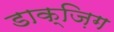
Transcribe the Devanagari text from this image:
डाक्ज़िग